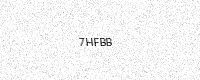
Text: 7HFBB